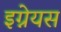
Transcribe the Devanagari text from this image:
इग्नेयस